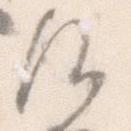
注